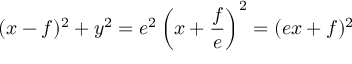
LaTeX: ( x - f ) ^ { 2 } + y ^ { 2 } = e ^ { 2 } \left( x + { \frac { f } { e } } \right) ^ { 2 } = ( e x + f ) ^ { 2 }